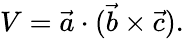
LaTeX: V=\vec{a}\cdot(\vec{b}\times\vec{c}).